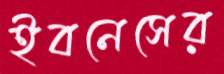
ইবনেসের